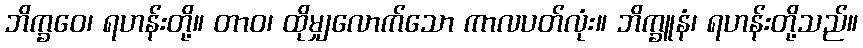
ဘိက္ခဝေ၊ ရဟန်းတို့။ တာဝ၊ ထိုမျှလောက်သော ကာလပတ်လုံး။ ဘိက္ခူနံ၊ ရဟန်းတို့သည်။